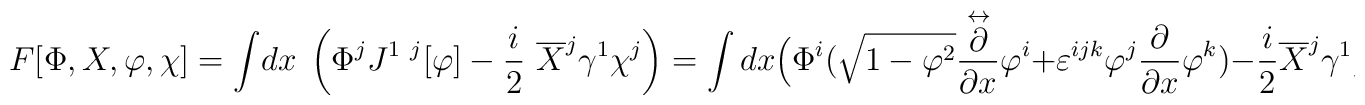
F[\Phi,X ,\varphi,\chi] =\int \!dx\;\left(\Phi^j J^{1~j}[\varphi ]- \frac i2~\overline X^j \gamma^1 \chi^j \right)=\int dx\Bigl(\Phi ^i (\sqrt{1-{\varphi }^2}\frac {\stackrel{\leftrightarrow} {\partial}} {\partial x}\varphi ^i +\varepsilon^{ijk}\varphi ^j\frac \partial {\partial x}\varphi ^k) -\frac i2\overline X^j \gamma^1 \chi^j\Bigr)~.